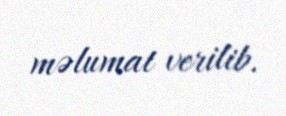
məlumat verilib.